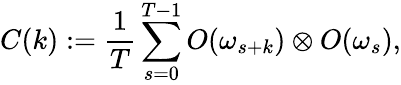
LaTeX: C(k):=\frac{1}{T}\sum_{s=0}^{T-1}O(\omega_{s+k})\otimes O(\omega_{s}),